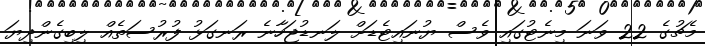
މެޗުގެ 22 ވަނަ މިނެޓުގައި ވެސް ޔުނައިޓެޑަށް ލަނޑުޖަހާނެ ރަނގަޅު ފުރުސަތެއް ލިބިގެންދިޔަ